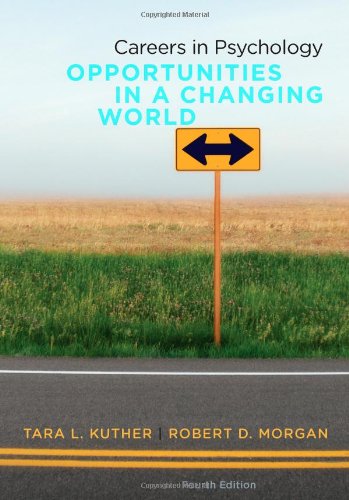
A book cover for Careers in Psychology: Opportunities in a Changing World; Tara L. Kuther; Education & Teaching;